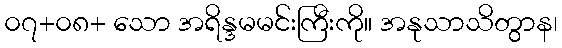
၀၇+၀၈+ သော အရိန္ဒမမင်းကြီးကို။ အနုသာသိတွာန၊